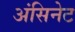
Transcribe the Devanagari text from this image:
अंसिनेट